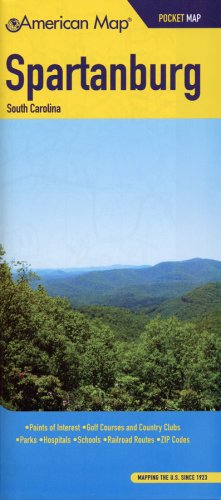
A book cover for American Map Spartanburg, Sc Pocket Map; American Map Company; Travel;